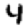
Digit: 4